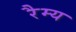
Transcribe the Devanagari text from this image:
रैम्य